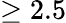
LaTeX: \geq 2.5